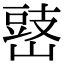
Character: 𡻧